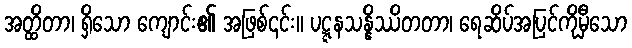
အတ္ထိတာ၊ ရှိသော ကျောင်း၏ အဖြစ်၎င်း။ ပဋ္ဋနသန္နိဿိတတာ၊ ရေဆိပ်အပြင်ကိုမှီသော